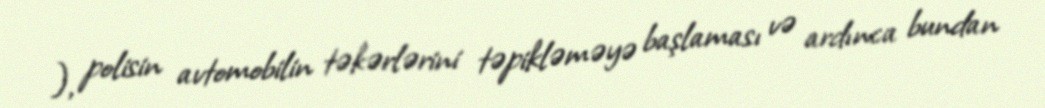
), polisin avtomobilin təkərlərini təpikləməyə başlaması və ardınca bundan